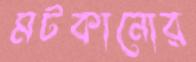
মটকানোর